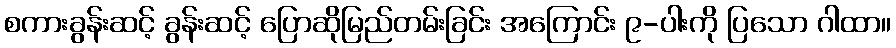
စကားခွန်းဆင့် ခွန်းဆင့် ပြောဆိုမြည်တမ်းခြင်း အကြောင်း ၉-ပါးကို ပြသော ဂါထာ။